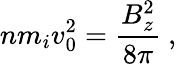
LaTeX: nm_{i}v_{0}^{2}=\frac{B_{z}^{2}}{8\pi}\ ,